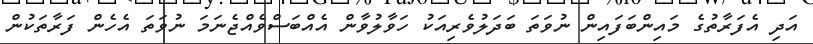
އަދި އެފަރާތުގެ މައިންބަފައިން ނުވަތަ ބަދަލުވެރިއަކު ހަވާލުވާން އެއްބަސްވެއްޖެނަމަ ނުވަތަ އެހެން ފަރާތަކުން